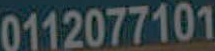
0112077101